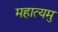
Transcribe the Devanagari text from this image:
महात्यमु